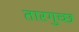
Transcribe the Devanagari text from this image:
तारगुच्छ